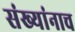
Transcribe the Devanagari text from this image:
संख्यांनाच